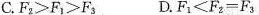
C. $$F_ { 0 1 ≥ F _ { 1 } ≥ F _ { 3 }$$D. $$F _ { 1 } ≤ F _ { 2 } = F _ { 3 }$$